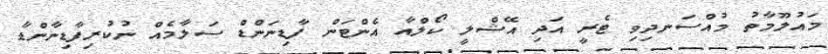
މައުލޫމާތު މުއްސަނދިވި ޓެރީ އަދި އޭޝްލީ ކޯލްއާ އެންޓަން ފާޑިނަންޑް ސަލާމެއް ނުކުރިފާޑިނާންޑާ